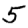
Digit: 5